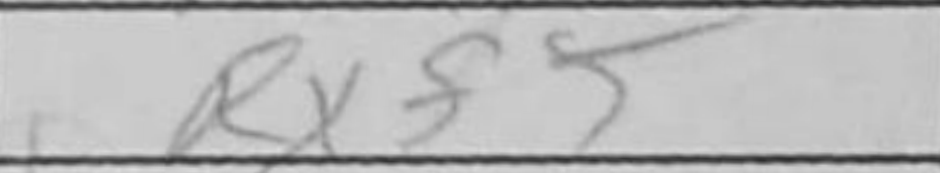
Transcription: Rxf5